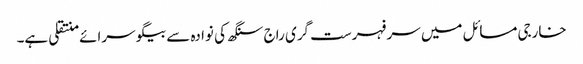
خارجی مسائل میں سر فہرست گری راج سنگھ کی نوادہ سے بیگو سرائے منتقلی ہے۔